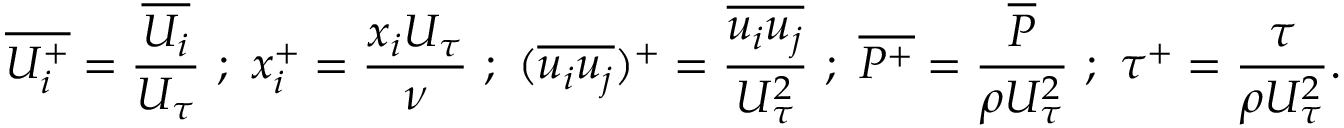
{ \overline { { U _ { i } ^ { + } } } } = \frac { \overline { { U _ { i } } } } { U _ { \tau } } ~ ; ~ { x _ { i } ^ { + } } = \frac { x _ { i } U _ { \tau } } { \nu } ~ ; ~ ( \overline { { u _ { i } u _ { j } } } ) ^ { + } = \frac { \overline { { u _ { i } u _ { j } } } } { U _ { \tau } ^ { 2 } } ~ ; ~ { \overline { { P ^ { + } } } } = \frac { \overline { { P } } } { \rho U _ { \tau } ^ { 2 } } ~ ; ~ { \tau ^ { + } } = \frac { \tau } { \rho U _ { \tau } ^ { 2 } } .